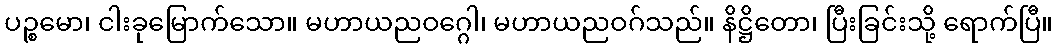
ပဉ္စမော၊ ငါးခုမြောက်သော။ မဟာယညဝဂ္ဂေါ၊ မဟာယညဝဂ်သည်။ နိဋ္ဌိတော၊ ပြီးခြင်းသို့ ရောက်ပြီ။